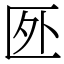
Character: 㔰